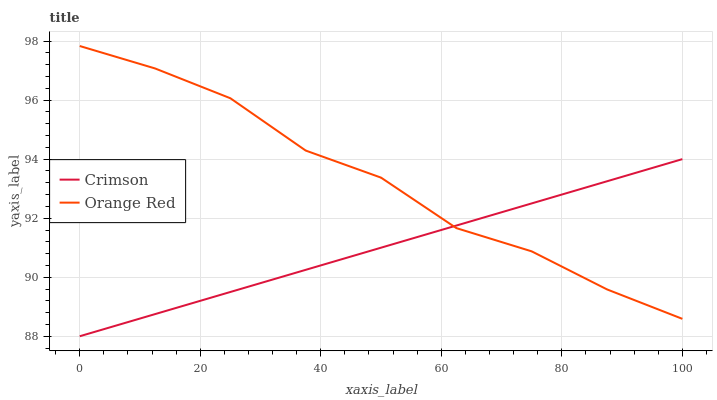
| xaxis_label | Crimson | Orange Red |
 | --- | --- | --- |
 | 0 | 88 | 97.8 |
 | 12.5 | 88.8 | 97.1 |
 | 25 | 89.5 | 96.1 |
 | 37.5 | 90.3 | 94.3 |
 | 50 | 91 | 93.4 |
 | 62.5 | 91.8 | 91.7 |
 | 75 | 92.5 | 90.9 |
 | 87.5 | 93.3 | 89.6 |
 | 100 | 94 | 88.6 |